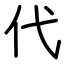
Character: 代